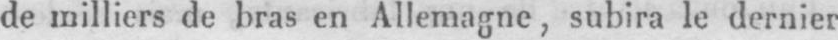
de milliers de bras en Allemagne, subira le dernier